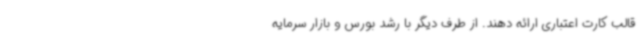
قالب کارت اعتباری ارائه دهند. از طرف دیگر با رشد بورس و بازار سرمایه